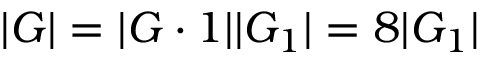
| G | = | G \cdot 1 | | G _ { 1 } | = 8 | G _ { 1 } |